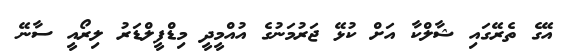
އޭގެ ތެރޭގައި ޝާލްކާ އަށް ކުޅޭ ޖަރުމަނުގެ އުއްމީދީ މިޑްފީލްޑަރު ލިރޯއީ ސާނޭ